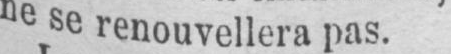
ne se renouvellera pas.